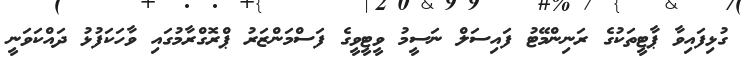
ގުޅިފައިވާ ޕާޓީތަކުގެ ރަނިންމޭޓު ފައިސަލް ނަސީމު ވީޓީވީގެ ފަސްމަންޒަރު ޕްރޮގްރާމުގައި ވާހަކަފުޅު ދައްކަވަނީ